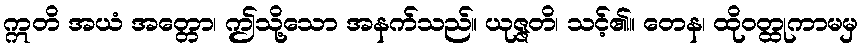
ဣတိ အယံ အတ္တော၊ ဤသို့သော အနက်သည်။ ယုဇ္ဇတိ၊ သင့်၏။ တေန၊ ထိုဝတ္ထုကာမမှ